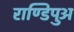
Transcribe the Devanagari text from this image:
राण्डिपुअ